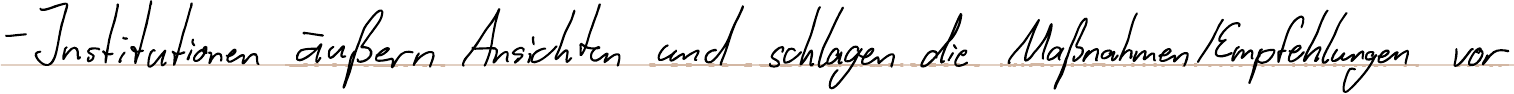
- Institutionen äußern Ansichten und schlagen die Maßnahmen / Empfehlungen vor